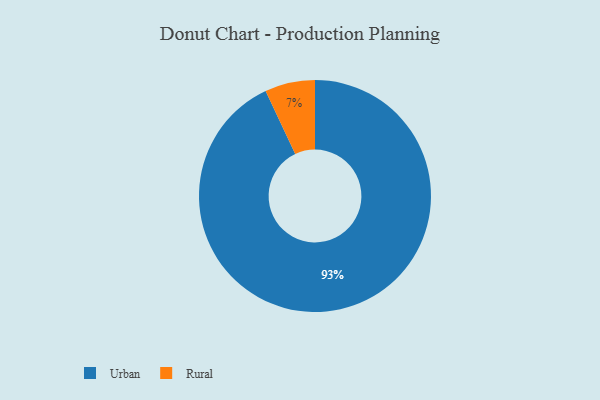
{"axis": {"x": "Category", "y": "Percentage"}, "legend": ["Rural", "Urban"], "data": [{"x": "Urban", "y": 93, "type": "Urban"}, {"x": "Rural", "y": 7, "type": "Rural"}]}